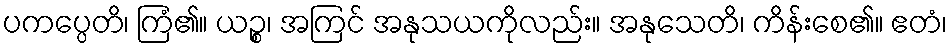
ပကပ္ပေတိ၊ ကြံ၏။ ယဉ္စ၊ အကြင် အနုသယကိုလည်း။ အနုသေတိ၊ ကိန်းစေ၏။ ဧတံ၊